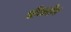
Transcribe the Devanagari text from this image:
सेमलेन